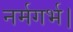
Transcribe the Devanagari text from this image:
नर्मगर्भ।